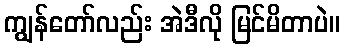
ကျွန်တော်လည်း အဲဒီလို မြင်မိတာပဲ။